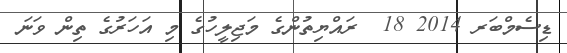
ޑިސެމްބަރ 2014 18  ރައްޔިތުންގެ މަޖިލީހުގެ މި އަހަރުގެ ތިން ވަނަ